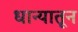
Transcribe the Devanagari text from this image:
धान्यातून